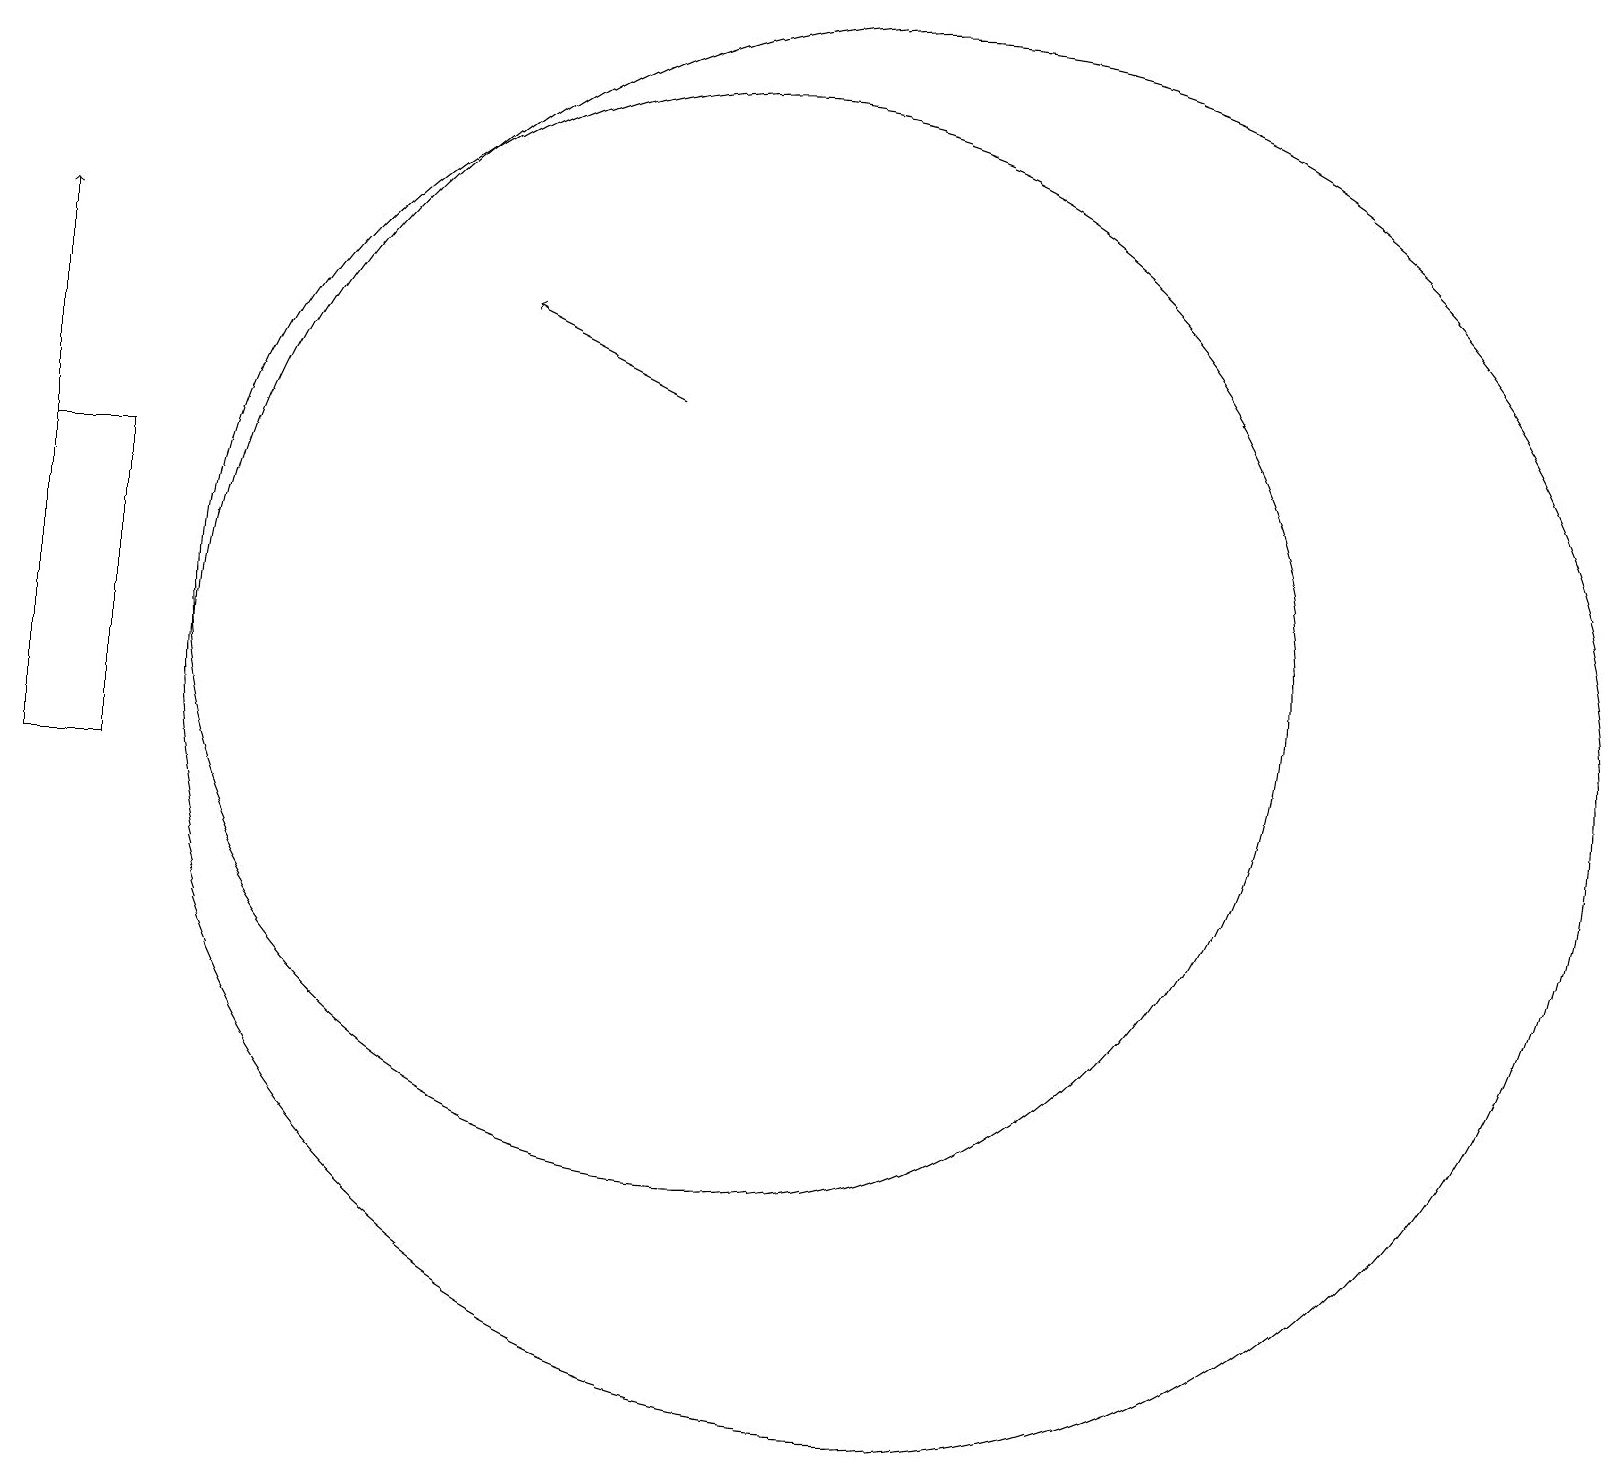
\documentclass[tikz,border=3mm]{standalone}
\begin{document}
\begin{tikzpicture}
\draw (11,10) circle (0);
\draw[->] (9,15) -- (7,16);
\draw (10,12) circle (0);
\draw (10,12) circle (7);
\draw (12,11) circle (9);
\draw (1,10) rectangle (2,14);
\draw (12,12) circle (0);
\draw[->] (1,14) -- (1,17);
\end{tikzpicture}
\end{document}